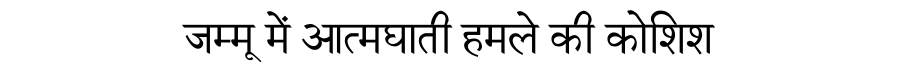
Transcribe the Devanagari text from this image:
जम्मू में आत्मघाती हमले की कोशिश